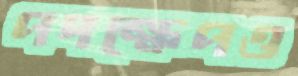
পদক্ষেপও